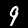
Label: 9